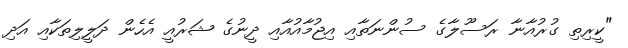
"ކީރިތި ގުރުއާނާ ރަސޫލާގެ ސުންނަތާއި އިޖުމާއުއާއި ދީނުގެ ޝަރުއީ އެހެން ދަލީލިތަކާއި އަދި